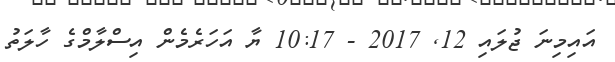
އައިމިނަ ޖުލައި 12